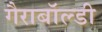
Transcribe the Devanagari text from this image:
गैराबॉल्डी